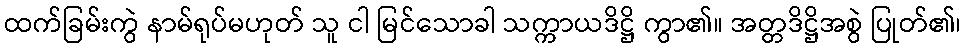
ထက်ခြမ်းကွဲ နာမ်ရုပ်မဟုတ် သူ ငါ မြင်သောခါ သက္ကာယဒိဋ္ဌိ ကွာ၏။ အတ္တဒိဋ္ဌိအစွဲ ပြုတ်၏၊